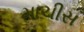
માચીસ